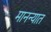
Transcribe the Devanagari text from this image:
मानन्यात